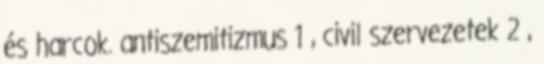
és harcok. antiszemitizmus 1 , civil szervezetek 2 ,